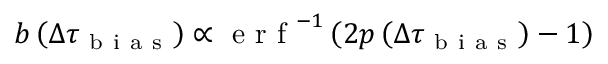
b \left( \Delta \tau _ { \mathrm { ~ b ~ i ~ a ~ s ~ } } \right) \propto \mathrm { ~ e ~ r ~ f ~ } ^ { - 1 } \left( 2 p \left( \Delta \tau _ { \mathrm { ~ b ~ i ~ a ~ s ~ } } \right) - 1 \right)